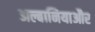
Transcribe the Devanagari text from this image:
अल्बानियाऔर